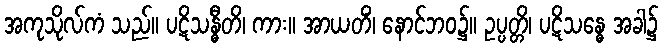
အကုသိုလ်ကံ သည်။ ပဋိသန္ဓီတိ၊ ကား။ အာယတိံ၊ နောင်ဘဝ၌။ ဥပ္ပတ္တိ၊ ပဋိသန္ဓေ အခါ၌